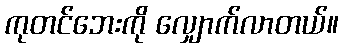
ကုတင်ဘေးကို လျှောက်လာတယ်။